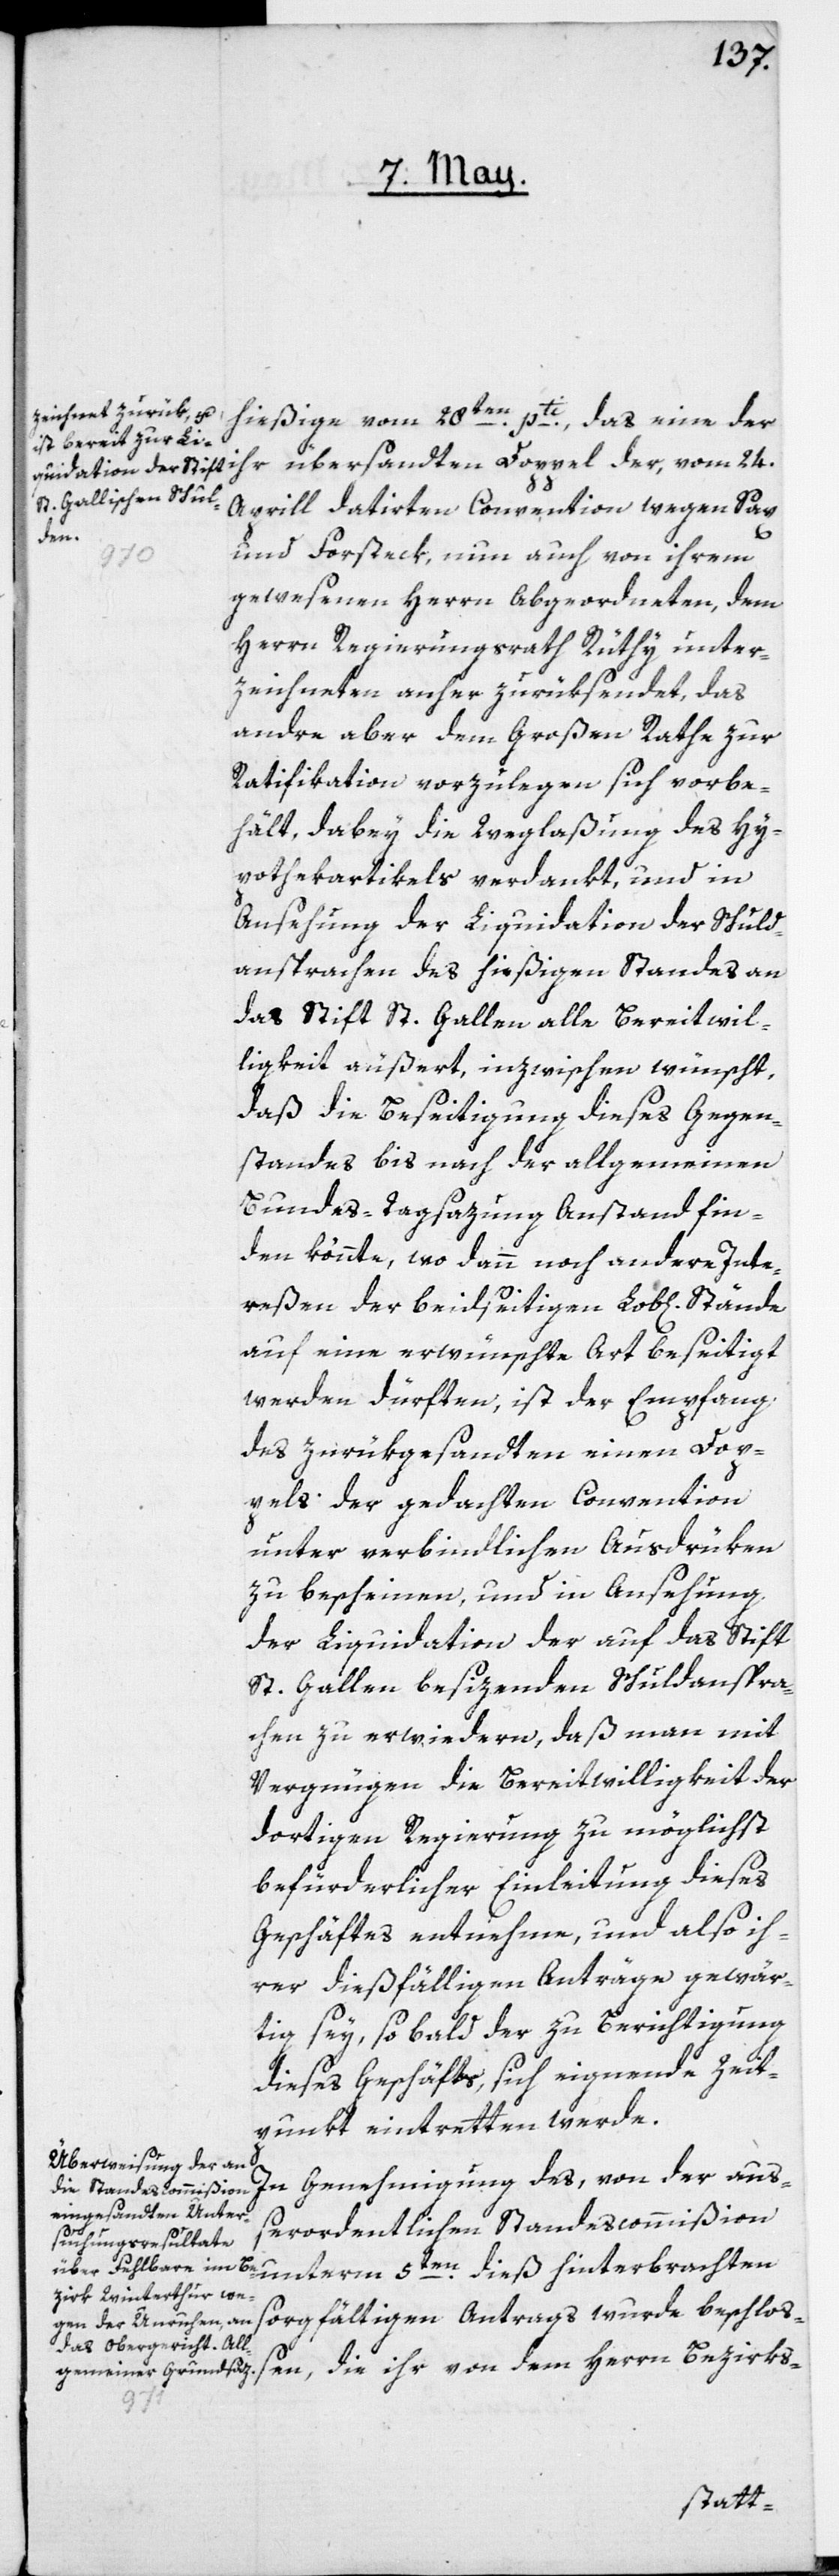
hießige vom 28ten pti, das eine der
ihr übersandten Doppel der, vom 24.
Aprill datirten Convention wegen Sax
und Forsteck, nun auch von ihrem
gewesenen Herrn Abgeordneten, dem
Herrn Regierungsrath Rüthy unter¬
zeichneten anher zurüksendet, das
andre aber dem Großen Rathe zur
Ratifikation vorzulegen sich vorbe¬
hält, dabey die Weglaßung des Hy¬
pothekartikels verdankt, und in
Ansehung der Liquidation der Schuld¬
ansprachen des hießigen Standes an
das Stift St. Gallen alle Bereitwil¬
ligkeit äußert, inzwischen wünscht,
daß die Beseitigung dieses Gegen¬
standes bis nach der allgemeinen
Bundes-Tagsazung Anstand fin¬
den könnte, wo dann noch andere Inte¬
reßen der beidseitigen Lob[lichen]
auf eine erwünschte Art beseitigt
werden dürften, ist der Empfang
des zurükgesandten einen Dop¬
pels der gedachten Convention
unter verbindlichen Ausdrüken
zu bescheinen, und in Ansehung
der Liquidation der auf das Stift
St. Gallen besizenden Schuldanspra¬
chen zu erwiedern, daß man mit
Vergnügen die Bereitwilligkeit der
dortigen Regierung zu möglichst
befürderlicher Einleitung dieses
Geschäftes entnehme, und also ih¬
rer dießfälligen Anträge gewär¬
tig sey, so bald der zu Berichtigung
dieses Geschäfts, sich eignende Zeit¬
punkt eintretten werde.
In Genehmigung des, von der auß¬
erordentlichen Standescommißion
unterm 5ten dieß hinterbrachten
sorgfältigen Antrags wurde beschloß¬
en, die ihr von dem Herrn Bezirks-